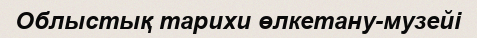
Облыстық тарихи өлкетану-музейі